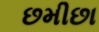
છમીછા